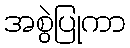
အစွဲပြုကာ